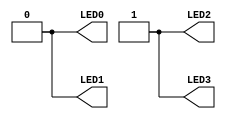
module TEST_LED1 (
	output wire LED0,
	output wire LED1,
	output wire LED2,
	output wire LED3
);

assign LED0 = 1'b0;
assign LED1 = 1'b0;
assign LED2 = 1'b1;
assign LED3 = 1'b1;

endmodule